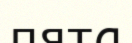
пята